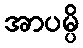
အာပမ္ပိ